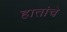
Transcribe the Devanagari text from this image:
हातांचे